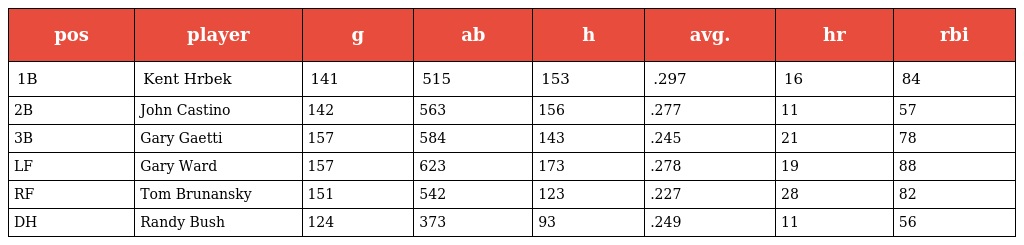
| pos | player | g | ab | h | avg. | hr | rbi |
 | --- | --- | --- | --- | --- | --- | --- | --- |
 | 1B | Kent Hrbek | 141 | 515 | 153 | .297 | 16 | 84 |
 | 2B | John Castino | 142 | 563 | 156 | .277 | 11 | 57 |
 | 3B | Gary Gaetti | 157 | 584 | 143 | .245 | 21 | 78 |
 | LF | Gary Ward | 157 | 623 | 173 | .278 | 19 | 88 |
 | RF | Tom Brunansky | 151 | 542 | 123 | .227 | 28 | 82 |
 | DH | Randy Bush | 124 | 373 | 93 | .249 | 11 | 56 |